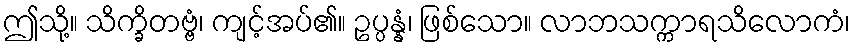
ဤသို့။ သိက္ခိတဗ္ဗံ၊ ကျင့်အပ်၏။ ဥပ္ပန္နံ၊ ဖြစ်သော။ လာဘသက္ကာရသိလောကံ၊